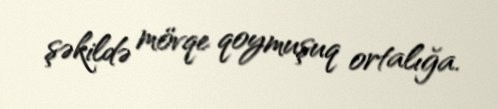
şəkildə mövqe qoymuşuq ortalığa.